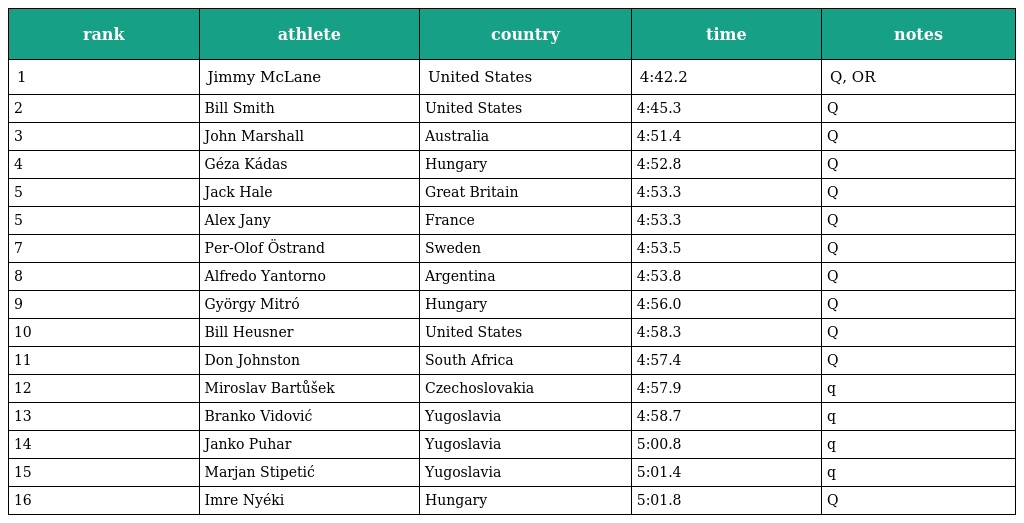
| rank | athlete | country | time | notes |
 | --- | --- | --- | --- | --- |
 | 1 | Jimmy McLane | United States | 4:42.2 | Q, OR |
 | 2 | Bill Smith | United States | 4:45.3 | Q |
 | 3 | John Marshall | Australia | 4:51.4 | Q |
 | 4 | Géza Kádas | Hungary | 4:52.8 | Q |
 | 5 | Jack Hale | Great Britain | 4:53.3 | Q |
 | 5 | Alex Jany | France | 4:53.3 | Q |
 | 7 | Per-Olof Östrand | Sweden | 4:53.5 | Q |
 | 8 | Alfredo Yantorno | Argentina | 4:53.8 | Q |
 | 9 | György Mitró | Hungary | 4:56.0 | Q |
 | 10 | Bill Heusner | United States | 4:58.3 | Q |
 | 11 | Don Johnston | South Africa | 4:57.4 | Q |
 | 12 | Miroslav Bartůšek | Czechoslovakia | 4:57.9 | q |
 | 13 | Branko Vidović | Yugoslavia | 4:58.7 | q |
 | 14 | Janko Puhar | Yugoslavia | 5:00.8 | q |
 | 15 | Marjan Stipetić | Yugoslavia | 5:01.4 | q |
 | 16 | Imre Nyéki | Hungary | 5:01.8 | Q |